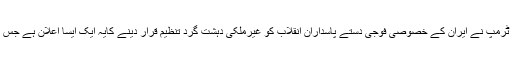
امریکی صدر ڈونلڈ ٹرمپ نے ایران کے خصوصی فوجی دستے پاسداران انقلاب کو غیرملکی دہشت گرد تنظیم قرار دینے کایہ ایک ایسا اعلان ہے جس کی مثال نہیں ملتی۔